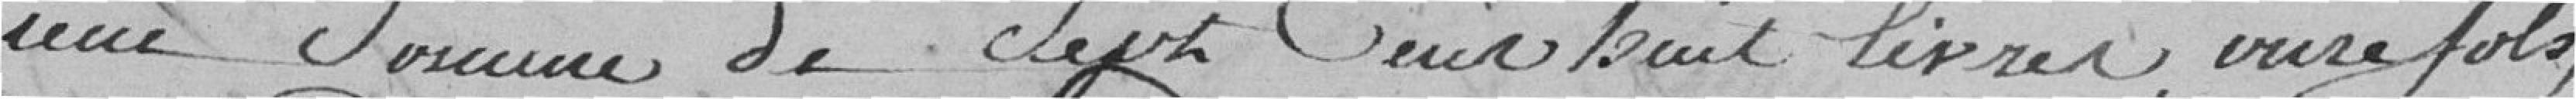
une somme de sept cents huit libres, onze sols